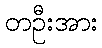
တဦးအား